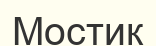
Мостик